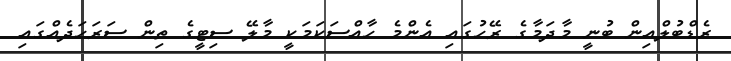
ރެޑްބުލްއިން ބުނީ މާދަމާގެ ރޭހުގައި އެންމެ ހާއްސަކަމަކީ މާލޭ ސިޓީގެ ތިން ސަރަހަދެއްގައި